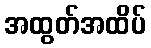
အထွတ်အထိပ်